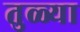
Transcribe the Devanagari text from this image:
तुळ्या